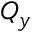
Q _ { y }